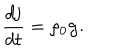
\frac { d { \bf j } } { d t } = \rho _ { 0 } { \bf g . }